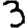
Digit: 3